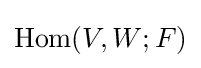
{\text{Hom}}(V,W;F)